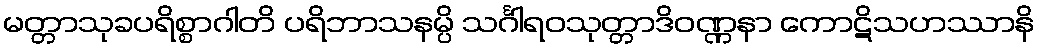
မတ္တာသုခပရိစ္စာဂါတိ ပရိဘာသနမ္ပိ သင်္ဂါရဝသုတ္တာဒိဝဏ္ဏနာ ကောဋိသဟဿာနိ